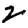
Digit: 2